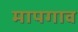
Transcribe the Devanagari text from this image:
मापगाव